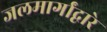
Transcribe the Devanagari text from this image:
जलमार्गांद्वारे